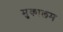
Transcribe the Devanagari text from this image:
मुकालम